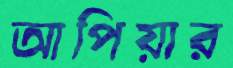
আপিয়ার